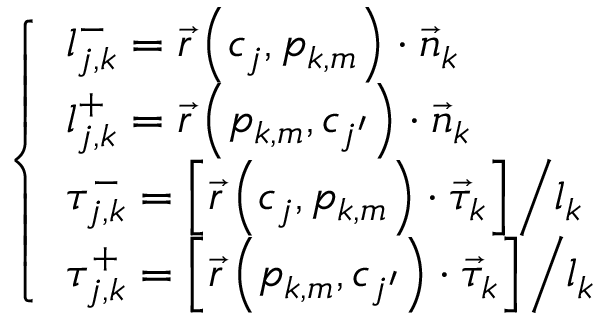
\left\{ \begin{array} { l } { { l _ { j , k } ^ { - } = \vec { r } \left( c _ { j } , p _ { k , m } \right) \cdot \vec { n } _ { k } } } \\ { { l _ { j , k } ^ { + } = \vec { r } \left( p _ { k , m } , c _ { j ^ { \prime } } \right) \cdot \vec { n } _ { k } } } \\ { { \tau _ { j , k } ^ { - } = { \left[ \vec { r } \left( c _ { j } , p _ { k , m } \right) \cdot \vec { \tau } _ { k } \right] \mathord { \left/ { \vphantom { \left[ \vec { r } \left( c _ { j } , p _ { k , m } \right) \cdot \vec { \tau } _ { k } \right] l _ { k } } } \right. \kern - \nulldelimiterspace } l _ { k } } } } \\ { { \tau _ { j , k } ^ { + } = { \left[ \vec { r } \left( p _ { k , m } , c _ { j ^ { \prime } } \right) \cdot \vec { \tau } _ { k } \right] \mathord { \left/ { \vphantom { \left[ \vec { r } \left( p _ { k , m } , c _ { j ^ { \prime } } \right) \cdot \vec { \tau } _ { k } \right] l _ { k } } } \right. \kern - \nulldelimiterspace } l _ { k } } } } \end{array} \right.